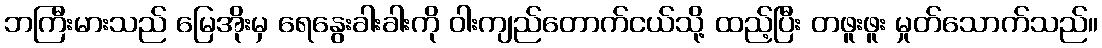
ဘကြီးမားသည် မြေအိုးမှ ရေနွေးခါးခါးကို ဝါးကျည်တောက်ငယ်သို့ ထည့်ပြီး တဖူးဖူး မှုတ်သောက်သည်။